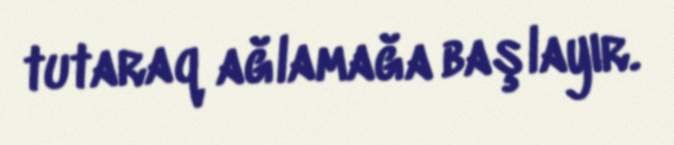
tutaraq ağlamağa başlayır.